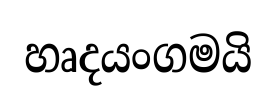
හෘදයංගමයි